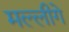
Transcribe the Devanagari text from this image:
मल्लीगे